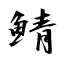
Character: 鯖